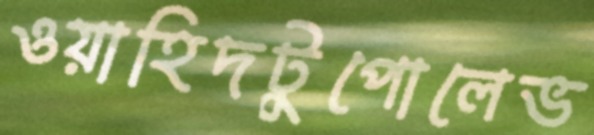
ওয়াহিদটুপোলেভ